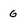
Character: 6